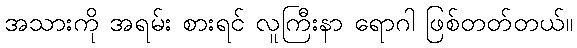
အသားကို အရမ်း စားရင် လူကြီးနာ ရောဂါ ဖြစ်တတ်တယ်။